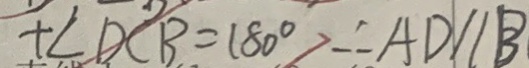
+ \angle D C B = 1 8 0 ^ { \circ } \therefore A D / / B